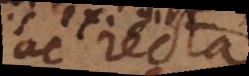
ac recta